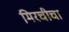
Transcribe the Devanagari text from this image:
मिरचीचा